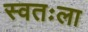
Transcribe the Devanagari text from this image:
स्‍वतःला